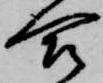
合